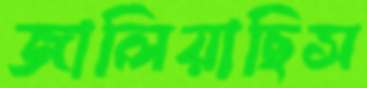
জালিয়াছিস